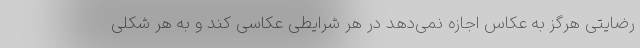
رضایتی هرگز به عکاس اجازه نمی‌دهد در هر شرایطی عکاسی کند و به هر شکلی